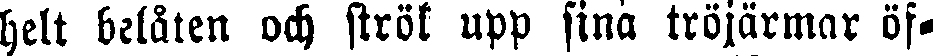
helt belåten och strök upp sina tröjärmar öf-